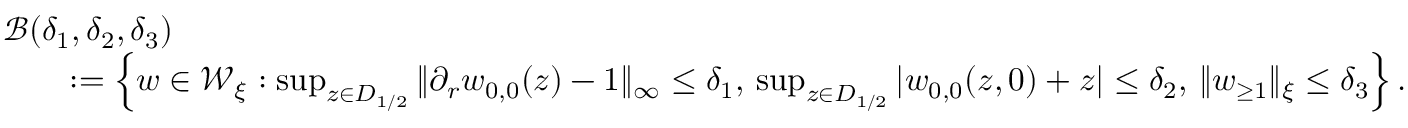
\begin{array} { r l r } { \lefteqn { \mathcal { B } ( \delta _ { 1 } , \delta _ { 2 } , \delta _ { 3 } ) } } \\ & { } & { : = \left\{ w \in \mathcal { W } _ { \xi } : \operatorname* { s u p } _ { z \in D _ { 1 / 2 } } \| \partial _ { r } w _ { 0 , 0 } ( z ) - 1 \| _ { \infty } \leq \delta _ { 1 } , \, \operatorname* { s u p } _ { z \in D _ { 1 / 2 } } | w _ { 0 , 0 } ( z , 0 ) + z | \leq \delta _ { 2 } , \, \| w _ { \geq 1 } \| _ { \xi } \leq \delta _ { 3 } \right\} . } \end{array}